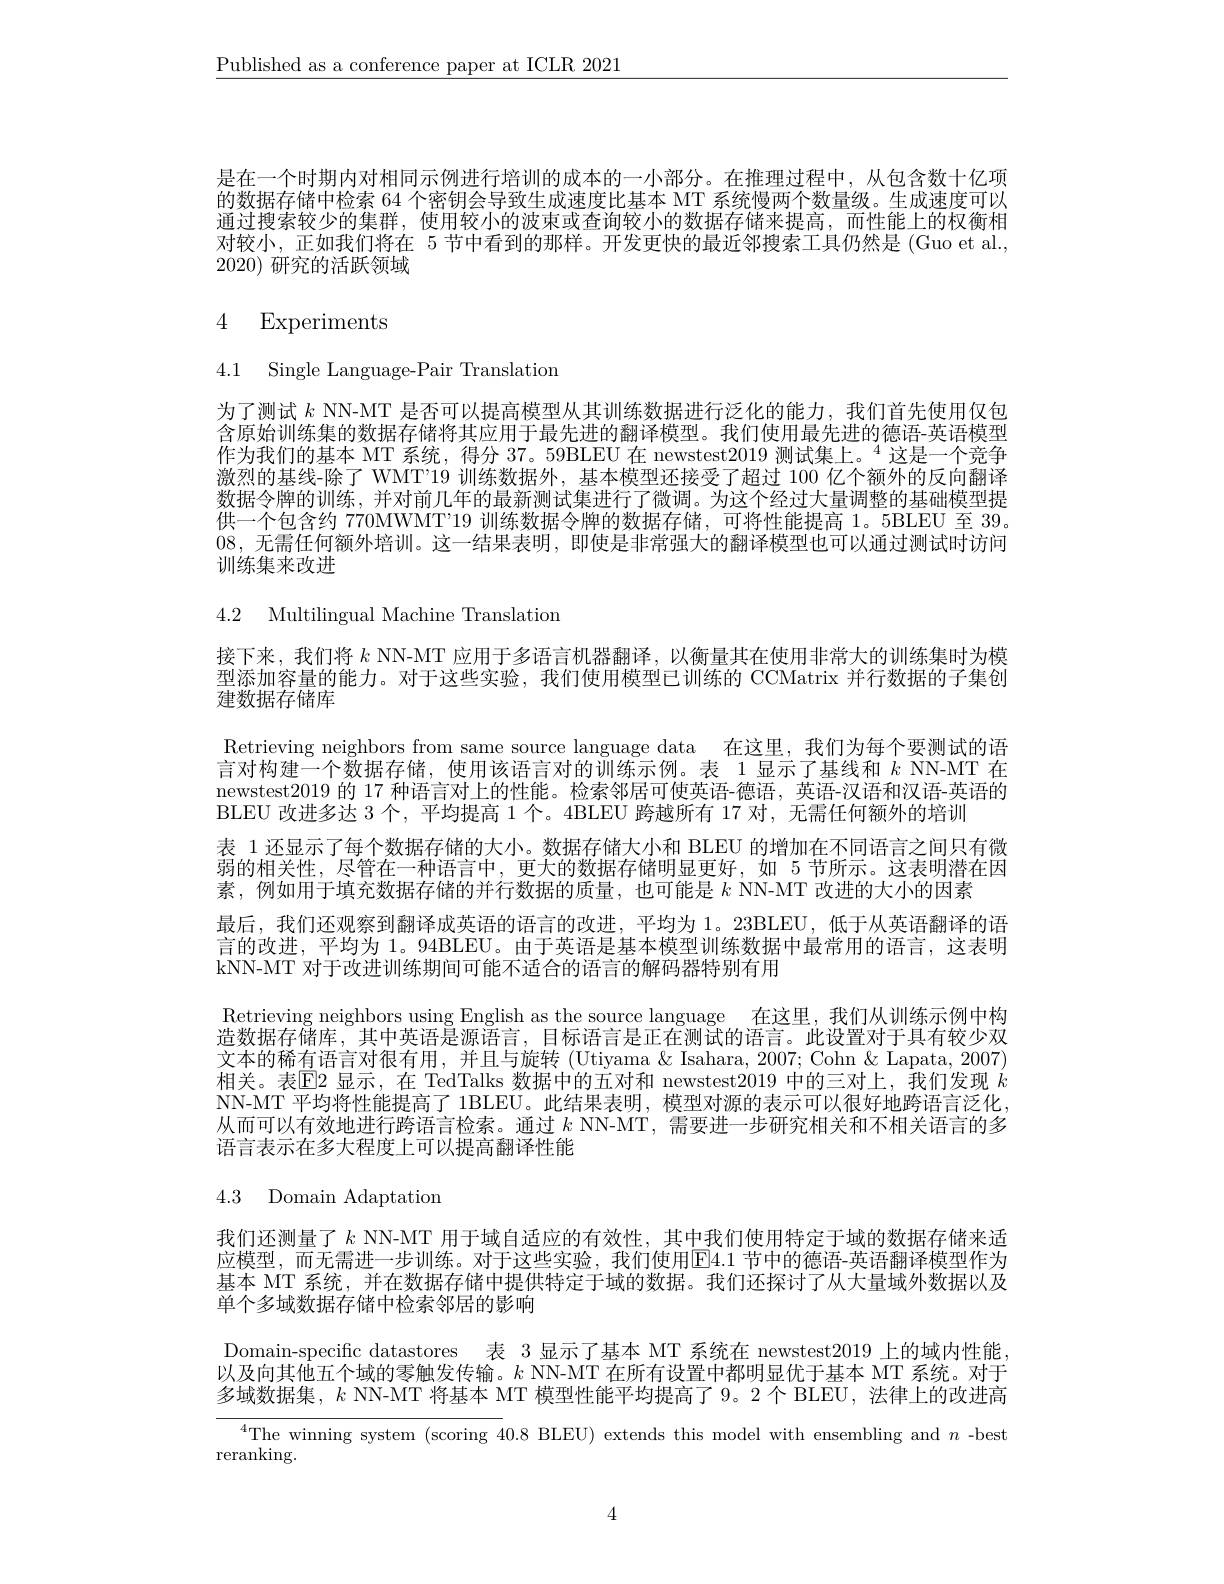
$\underline{\text{Published as a conference paper at ICLR 2021}}$

是在一个时期内对相同示例进行培训的成本的一小部分。在推理过程中，从包含数十亿项的数据存储中检索 64 个密钥会导致生成速度比基本 MT 系统慢两个数量级。生成速度可以通过搜索较少的集群 , 使用较小的波束或查询较小的数据存储来提高，而性能上的权衡相对较小，正如我们将在 5 节中看到的那样。开发更快的最近邻搜索工具仍然是 (Guo et al., 2020)研究的活跃领域

# 4 Experiments

4.1 Single Language-Pair Translation

为了测试$k$ NN-MT 是否可以提高模型从其训练数据进行泛化的能力，我们首先使用仅包含原始训练集的数据存储将其应用于最先进的翻译模型。我们使用最先进的德语-英语模型作为我们的基本 MT 系统，得分 37。59BLEU 在 newstest2019 测试集上。$^{4}$这是一个竞争激烈的基线-除了 WMT'19 训练数据外，基本模型还接受了超过 100 亿个额外的反向翻译数据令牌的训练，并对前几年的最新测试集进行了微调。为这个经过大量调整的基础模型提供一个包含约 770MWMT'19 训练数据令牌的数据存储，可将性能提高 1。5BLEU 至 39。08,无需任何额外培训。这一结果表明，即使是非常强大的翻译模型也可以通过测试时访问训练集来改进

4.2 Multilingual Machine Translation

接下来，我们将$k$ NN-MT 应用于多语言机器翻译，以衡量其在使用非常大的训练集时为模

型添加容量的能力。对于这些实验，我们使用模型已训练的 CCMatrix 并行数据的子集创
建数据存储库
Retrieving neighbors from same source language data 在这里，我们为每个要测试的语$\bar{\text{言对构建一个数据存储，使用该语言对的训练示例。表 }1\text{显示了基线和 }k\text{ NN-MT 在}}$ newstest2019 的 17 种语言对上的性能。检索邻居可使英语-德语，英语-汉语和汉语-英语的BLEU 改进多达 3 个，平均提高 1 个。4BLEU 跨越所有 17 对，无需任何额外的培训
表 1 还显示了每个数据存储的大小。数据存储大小和 BLEU 的增加在不同语言之间只有微弱的相关性，尽管在一种语言中，更大的数据存储明显更好，如 5 节所示。这表明潜在因素，例如用于填充数据存储的并行数据的质量，也可能是$k$ NN-MT 改进的大小的因素
最后，我们还观察到翻译成英语的语言的改进，平均为 1。23BLEU,低于从英语翻译的语言的改进，平均为 1。94BLEU。由于英语是基本模型训练数据中最常用的语言，这表明kNN-MT 对于改进训练期间可能不适合的语言的解码器特别有用
Retrieving neighbors using English as the source language 在这里，我们从训练示例中构造数据存储库，其中英语是源语言，目标语言是正在测试的语言。此设置对于具有较少双文本的稀有语言对很有用，并且与旋转 (Utiyama &Isahara, 2007; Cohn & Lapata, 2007) 相关。表$\mathbb{E}$2 显示，在 TedTalks 数据中的五对和 newstest2019 中的三对上，我们发现 $k$ NN-MT 平均将性能提高了 1BLEU。此结果表明，模型对源的表示可以很好地跨语言泛化， 从而可以有效地进行跨语言检索。通过$k$ NN-MT, 需要进一步研究相关和不相关语言的多语言表示在多大程度上可以提高翻译性能

4.3 Domain Adaptation

我们还测量了$k$ NN-MT 用于域自适应的有效性，其中我们使用特定于域的数据存储来适应模型，而无需进一步训练。对于这些实验，我们使用$\overline{\mathrm{E}}4.1$ 节中的德语-英语翻译模型作为基本 MT 系统，并在数据存储中提供特定于域的数据。我们还探讨了从大量域外数据以及单个多域数据存储中检索邻居的影响

Domain-specific datastores 表 3 显示了基本 MT 系统在 newstest2019 上的域内性能， 以及向其他五个域的零触发传输。$k$ NN-MT 在所有设置中都明显优于基本 MT 系统。对于多域数据集，$k$ NN-MT 将基本 MT 模型性能平均提高了9。2 个 BLEU, 法律上的改进高
$^{4}$The winning system (scoring 40.8 BLEU) extends this model with ensembling and $n$ -best
reranking.

4